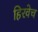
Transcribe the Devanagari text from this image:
हिरवेच